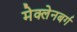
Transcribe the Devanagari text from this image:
मेक्लेनबर्ग